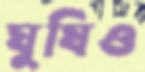
ঘুষিও